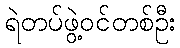
ရဲတပ်ဖွဲ့ဝင်တစ်ဦး